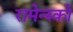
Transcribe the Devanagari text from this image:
रामेन्स्को